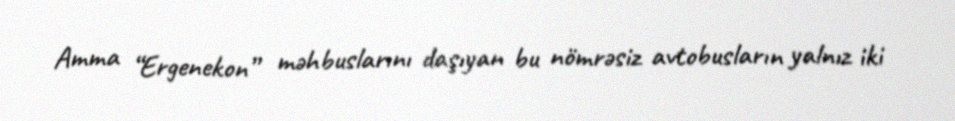
Amma “Ergenekon” məhbuslarını daşıyan bu nömrəsiz avtobusların yalnız iki